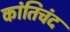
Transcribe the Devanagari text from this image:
कांतिचंद